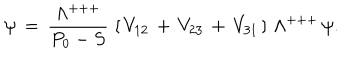
\psi \, = \, { \frac { \Lambda ^ { + + + } } { P _ { 0 } - S } } \, \left[ \, V _ { 1 2 } \, + \, V _ { 2 3 } \, + \, V _ { 3 1 } \, \right] \, \Lambda ^ { + + + } \, \psi .